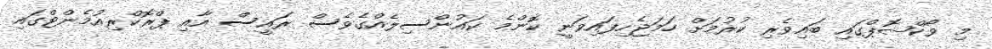
މި ވޯކްޝޮޕްގައި ބައިވެރި ކުރުމަށް ހަމަޖެހިފައިވަނީ ކޮންމެ ކައުންސިލެއްގެވެސް ރައީސް އާއި ޕްރޮކްރިއުމެންޓްގައި